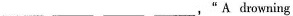
___ ___ ___ ___,“A drowning